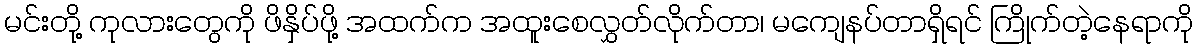
မင်းတို့ ကုလားတွေကို ဖိနှိပ်ဖို့ အထက်က အထူးစေလွှတ်လိုက်တာ၊ မကျေနပ်တာရှိရင် ကြိုက်တဲ့နေရာကို